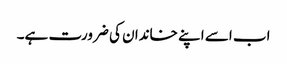
اب اسے اپنے خاندان کی ضرورت ہے۔